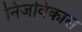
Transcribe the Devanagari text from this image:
निजविकास